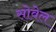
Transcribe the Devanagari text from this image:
सोवेल